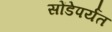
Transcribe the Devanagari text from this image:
सोंडेपर्यंत